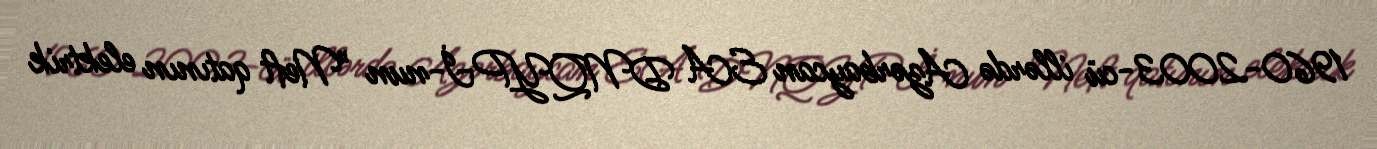
1960-2003-cü illərdə Azərbaycan EA DNQYPİ-nun "Neft qatının elektrik